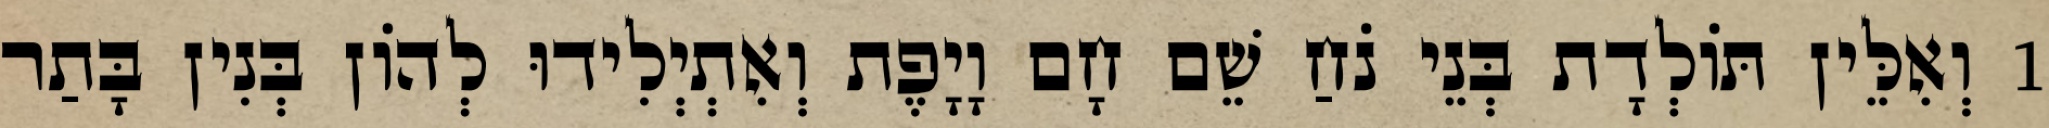
1 וְאִלֵּין תּוֹלְדָת בְּנֵי נֹחַ שֵׁם חָם וָיָפֶת וְאִתְיְלִידוּ לְהוֹן בְּנִין בָּתַר